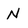
Character: N